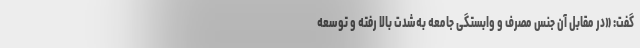
گفت: «در مقابل آن جنس مصرف و وابستگی جامعه به‌شدت بالا رفته و توسعه